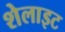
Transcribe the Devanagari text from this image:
शेलाइट